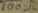
Text: 100Ω